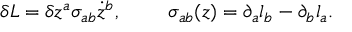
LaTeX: \delta L = \delta z ^ { a } \sigma _ { a b } \dot { z } ^ { b } , \ \ \ \ \ \ \ \sigma _ { a b } ( z ) = \partial _ { a } l _ { b } - \partial _ { b } l _ { a } .